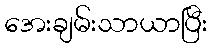
အေးချမ်းသာယာပြီး